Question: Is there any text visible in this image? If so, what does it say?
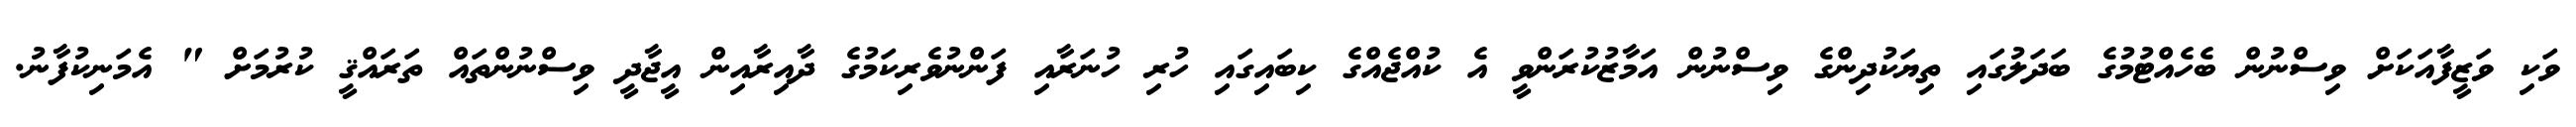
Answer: ވަކި ވަޒީފާއަކަށް ވިސްނުން ބެހެއްޓުމުގެ ބަދަލުގައި ތިޔަކުދިންގެ ވިސްނުން އަމާޒުކުރަންވީ އެ ކުއްޖެއްގެ ކިބައިގައި ހުރި ހުނަރާއި ފަންނުވެރިކަމުގެ ދާއިރާއިން އީޖާދީ ވިސްނުންތައް ތަރައްޤީ ކުރުމަށް " އެމަނިކުފާނު.